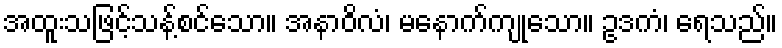
အထူးသဖြင့်သန့်စင်သော။ အနာဝိလံ၊ မနောက်ကျုသော။ ဥဒကံ၊ ရေသည်။